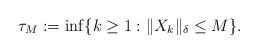
LaTeX: \begin{align*}\tau_M:=\inf\{k\ge1:\|X_{k}\|_{{\delta}}\le M\}.\end{align*}